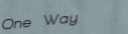
One Way